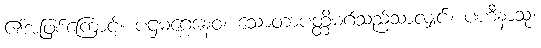
၏အဖြစ်ကြောင့်။ ပဌမဂ္ဂေနေဝ၊ သောတာပတ္တိမဂ်သည်သာလျှင်။ ပဟီနာသု၊